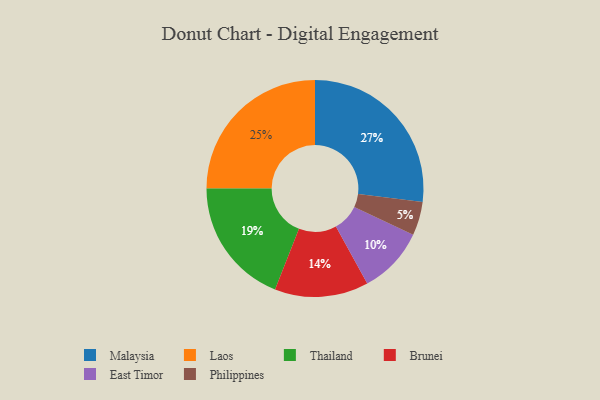
{"axis": {"x": "Category", "y": "Percentage"}, "legend": ["Brunei", "East Timor", "Laos", "Malaysia", "Philippines", "Thailand"], "data": [{"x": "Laos", "y": 25, "type": "Laos"}, {"x": "Brunei", "y": 14, "type": "Brunei"}, {"x": "Thailand", "y": 19, "type": "Thailand"}, {"x": "East Timor", "y": 10, "type": "East Timor"}, {"x": "Malaysia", "y": 27, "type": "Malaysia"}, {"x": "Philippines", "y": 5, "type": "Philippines"}]}